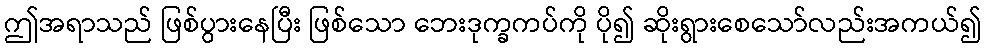
ဤအရာသည် ဖြစ်ပွားနေပြီး ဖြစ်သော ဘေးဒုက္ခကပ်ကို ပို၍ ဆိုးရွားစေသော်လည်းအကယ်၍